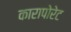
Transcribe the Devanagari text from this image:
कारापोरेट